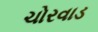
ચોરવાડ